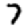
Digit: 7